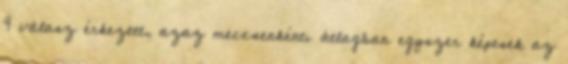
4 válasz érkezett, azaz meccsenkénti átlagban egyszer képesek az